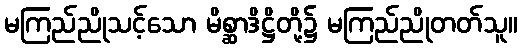
မကြည်ညိုသင့်သော မိစ္ဆာဒိဋ္ဌိတို့၌ မကြည်ညိုတတ်သူ။